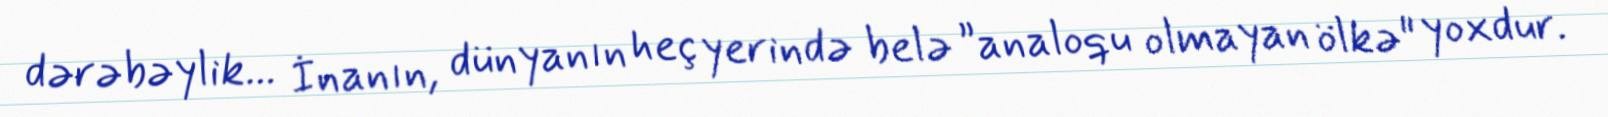
dərəbəylik... İnanın, dünyanın heç yerində belə ”analoqu olmayan ölkə" yoxdur.